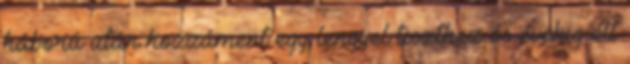
háború után hozzáment egy lengyel tiszthez és évekig élt